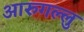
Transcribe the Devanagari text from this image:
आरुगल्लु